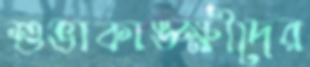
শুভাকাঙ্ক্ষীদের